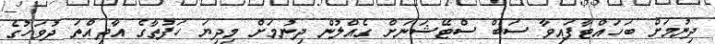
ދިނުމަށް ބަހައްޓާފައިވާ ސަބް ސްޓޭޝަނަށް ގެއްލުން ދިނުމަށް މިދިޔަ ހަފުތާގެ އާދިއްތަ ދުވަހުގެ